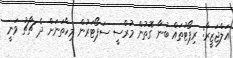
އަލްޖަޒީރާ: ރިޕޯޓުތައް ބުނާ ގޮތުން މުރްސީ ސަޕޯޓަރުން މިހާތަނަށް ދެ ޗާޗު ވަނީ